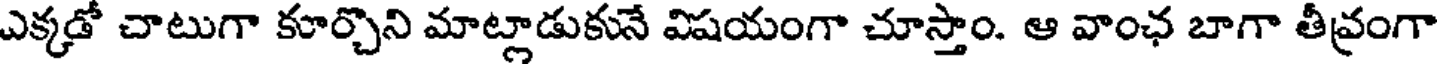
ఎక్కడో చాటుగా కూర్చొని మాట్లాడుకునే విషయంగా చూస్తాం. ఆ వాంఛ బాగా తీవ్రంగా